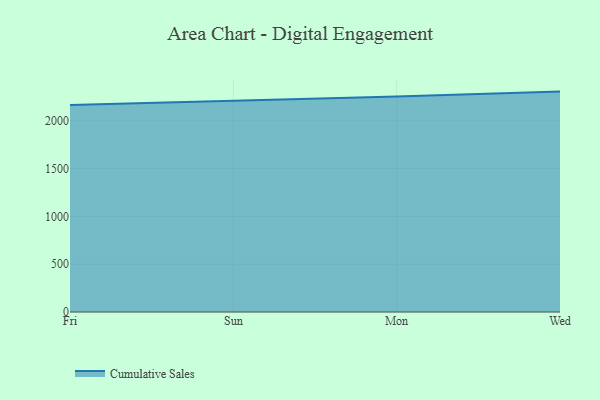
{"axis": {"x": "Day", "y": "Customer Acquisition Cost (USD)"}, "legend": ["Cumulative Sales"], "data": [{"x": "Fri", "y": 2164.4, "type": "Cumulative Sales"}, {"x": "Sun", "y": 2205.2, "type": "Cumulative Sales"}, {"x": "Mon", "y": 2253.7, "type": "Cumulative Sales"}, {"x": "Wed", "y": 2305.0, "type": "Cumulative Sales"}]}